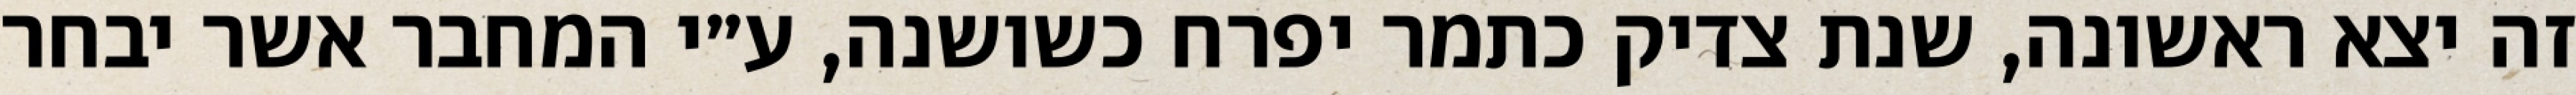
זה יצא ראשונה, שנת צדיק כתמר יפרח כשושנה, ע״י המחבר אשר יבחר